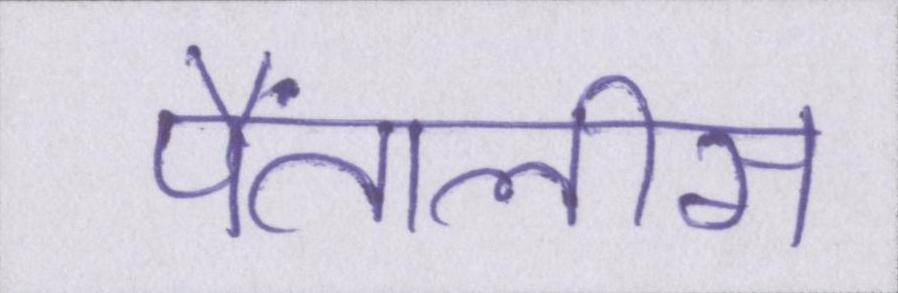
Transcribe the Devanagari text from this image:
पैंतालीस